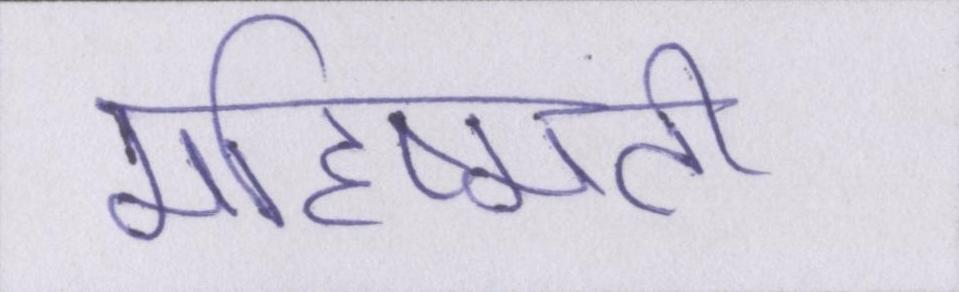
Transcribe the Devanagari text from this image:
महिष्मती